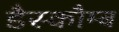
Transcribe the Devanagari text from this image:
डैस्कौम्ब